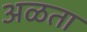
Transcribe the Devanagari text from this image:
अळता